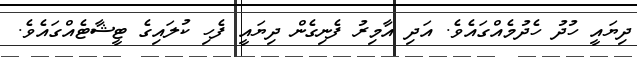
ދިޔައީ ހުދު ހެދުމެއްގައެވެ. އަދި އާމިރު ފެނިގެން ދިޔައީ ފެހި ކުލައިގެ ޓީޝާޓެއްގައެވެ.